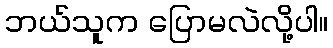
ဘယ်သူက ပြောမလဲလို့ပါ။